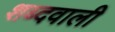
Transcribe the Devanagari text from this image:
शब्दवाली